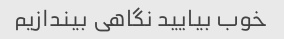
خوب بیایید نگاهی بیندازیم